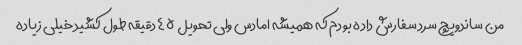
من ساندویچ سرد سفارش داده بودم که همیشه امادس ولی تحویل ۴۵ دقیقه طول کشید خیلی زیاده